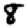
Digit: 8